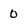
Character: 0